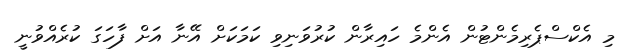
މި އެކްސްޕެރިމެންޓުން އެންމެ ހައިރާން ކުރުވަނިވި ކަމަކަށް އޭނާ އަށް ފާހަގަ ކުރެއްވުނީ